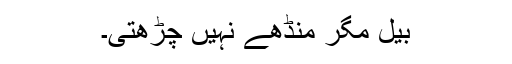
بیل مگر منڈھے نہیں چڑھتی۔